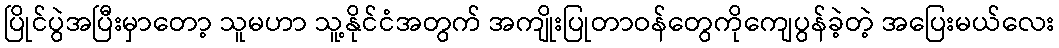
ပြိုင်ပွဲအပြီးမှာတော့ သူမဟာ သူ့နိုင်ငံအတွက် အကျိုးပြုတာဝန်တွေကိုကျေပွန်ခဲ့တဲ့ အပြေးမယ်လေး